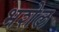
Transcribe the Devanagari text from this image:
भशेल